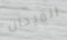
الميدان